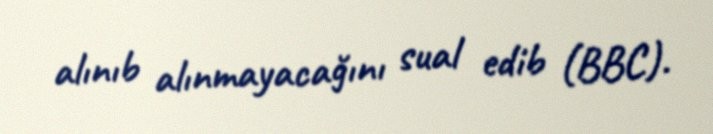
alınıb alınmayacağını sual edib (BBC).